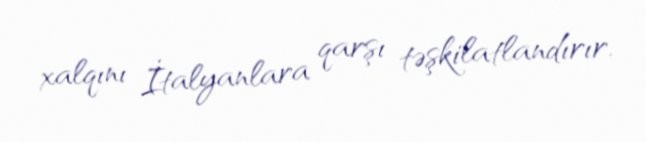
xalqını İtalyanlara qarşı təşkilatlandırır.